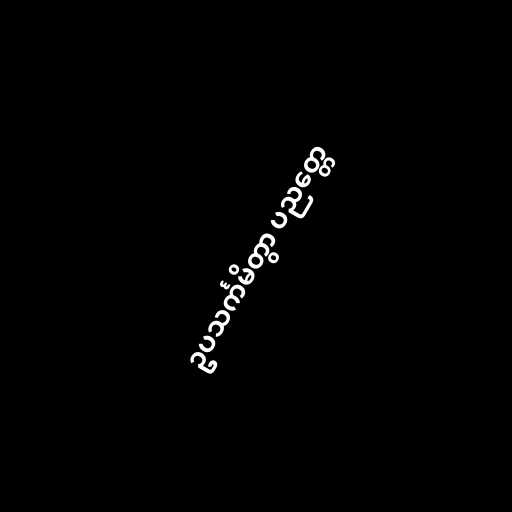
ဥပသင်္ကမိတွာ ပညတ္တေ